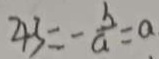
4 3 = - \frac { b } { a } = a \cdot